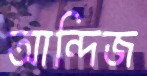
আন্দিজ